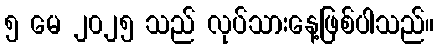
၅ မေ ၂၀၂၅ သည် လုပ်သားနေ့ဖြစ်ပါသည်။